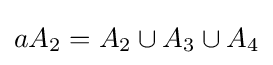
aA_{2}=A_{2}\cup A_{3}\cup A_{4}